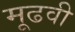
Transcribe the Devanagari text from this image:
मूढवी